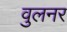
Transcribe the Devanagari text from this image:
वुलनर